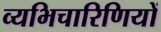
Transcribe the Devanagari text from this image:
व्यभिचारिणियों